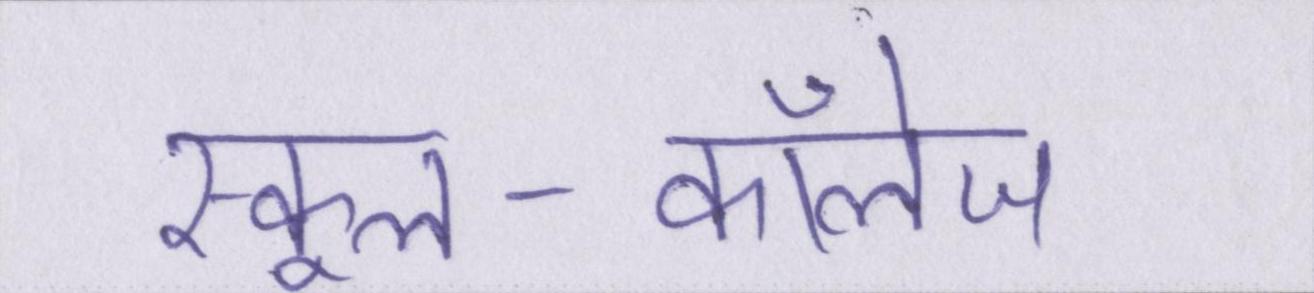
स्कूल-कॉलेज